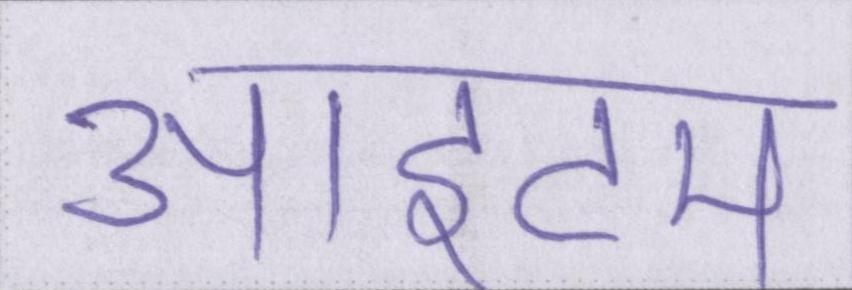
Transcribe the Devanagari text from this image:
आइटम